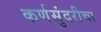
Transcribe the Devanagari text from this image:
कर्णसुंदरीचा